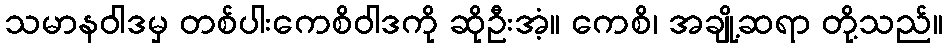
သမာနဝါဒမှ တစ်ပါးကေစိဝါဒကို ဆိုဦးအံ့။ ကေစိ၊ အချို့ဆရာ တို့သည်။